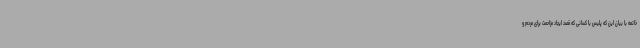
خاتمه با بیان این که پلیس با کسانی که قصد ایجاد مزاحمت برای مردم و